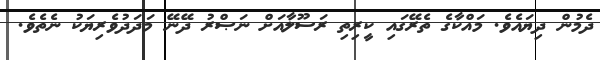
ދެމުން ދިޔައެވެ. މައްކާގެ ތެރޭގައި ކީރިތި ރަސޫލާއަށް ނަޞްރު ދޭނޭ މަދަދުވެރިޔަކު ނެތެވެ.